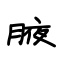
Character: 腋